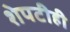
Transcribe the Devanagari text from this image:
शेपटीही